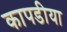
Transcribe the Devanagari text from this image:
कापडीया